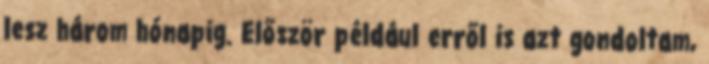
lesz három hónapig. Először például erről is azt gondoltam,